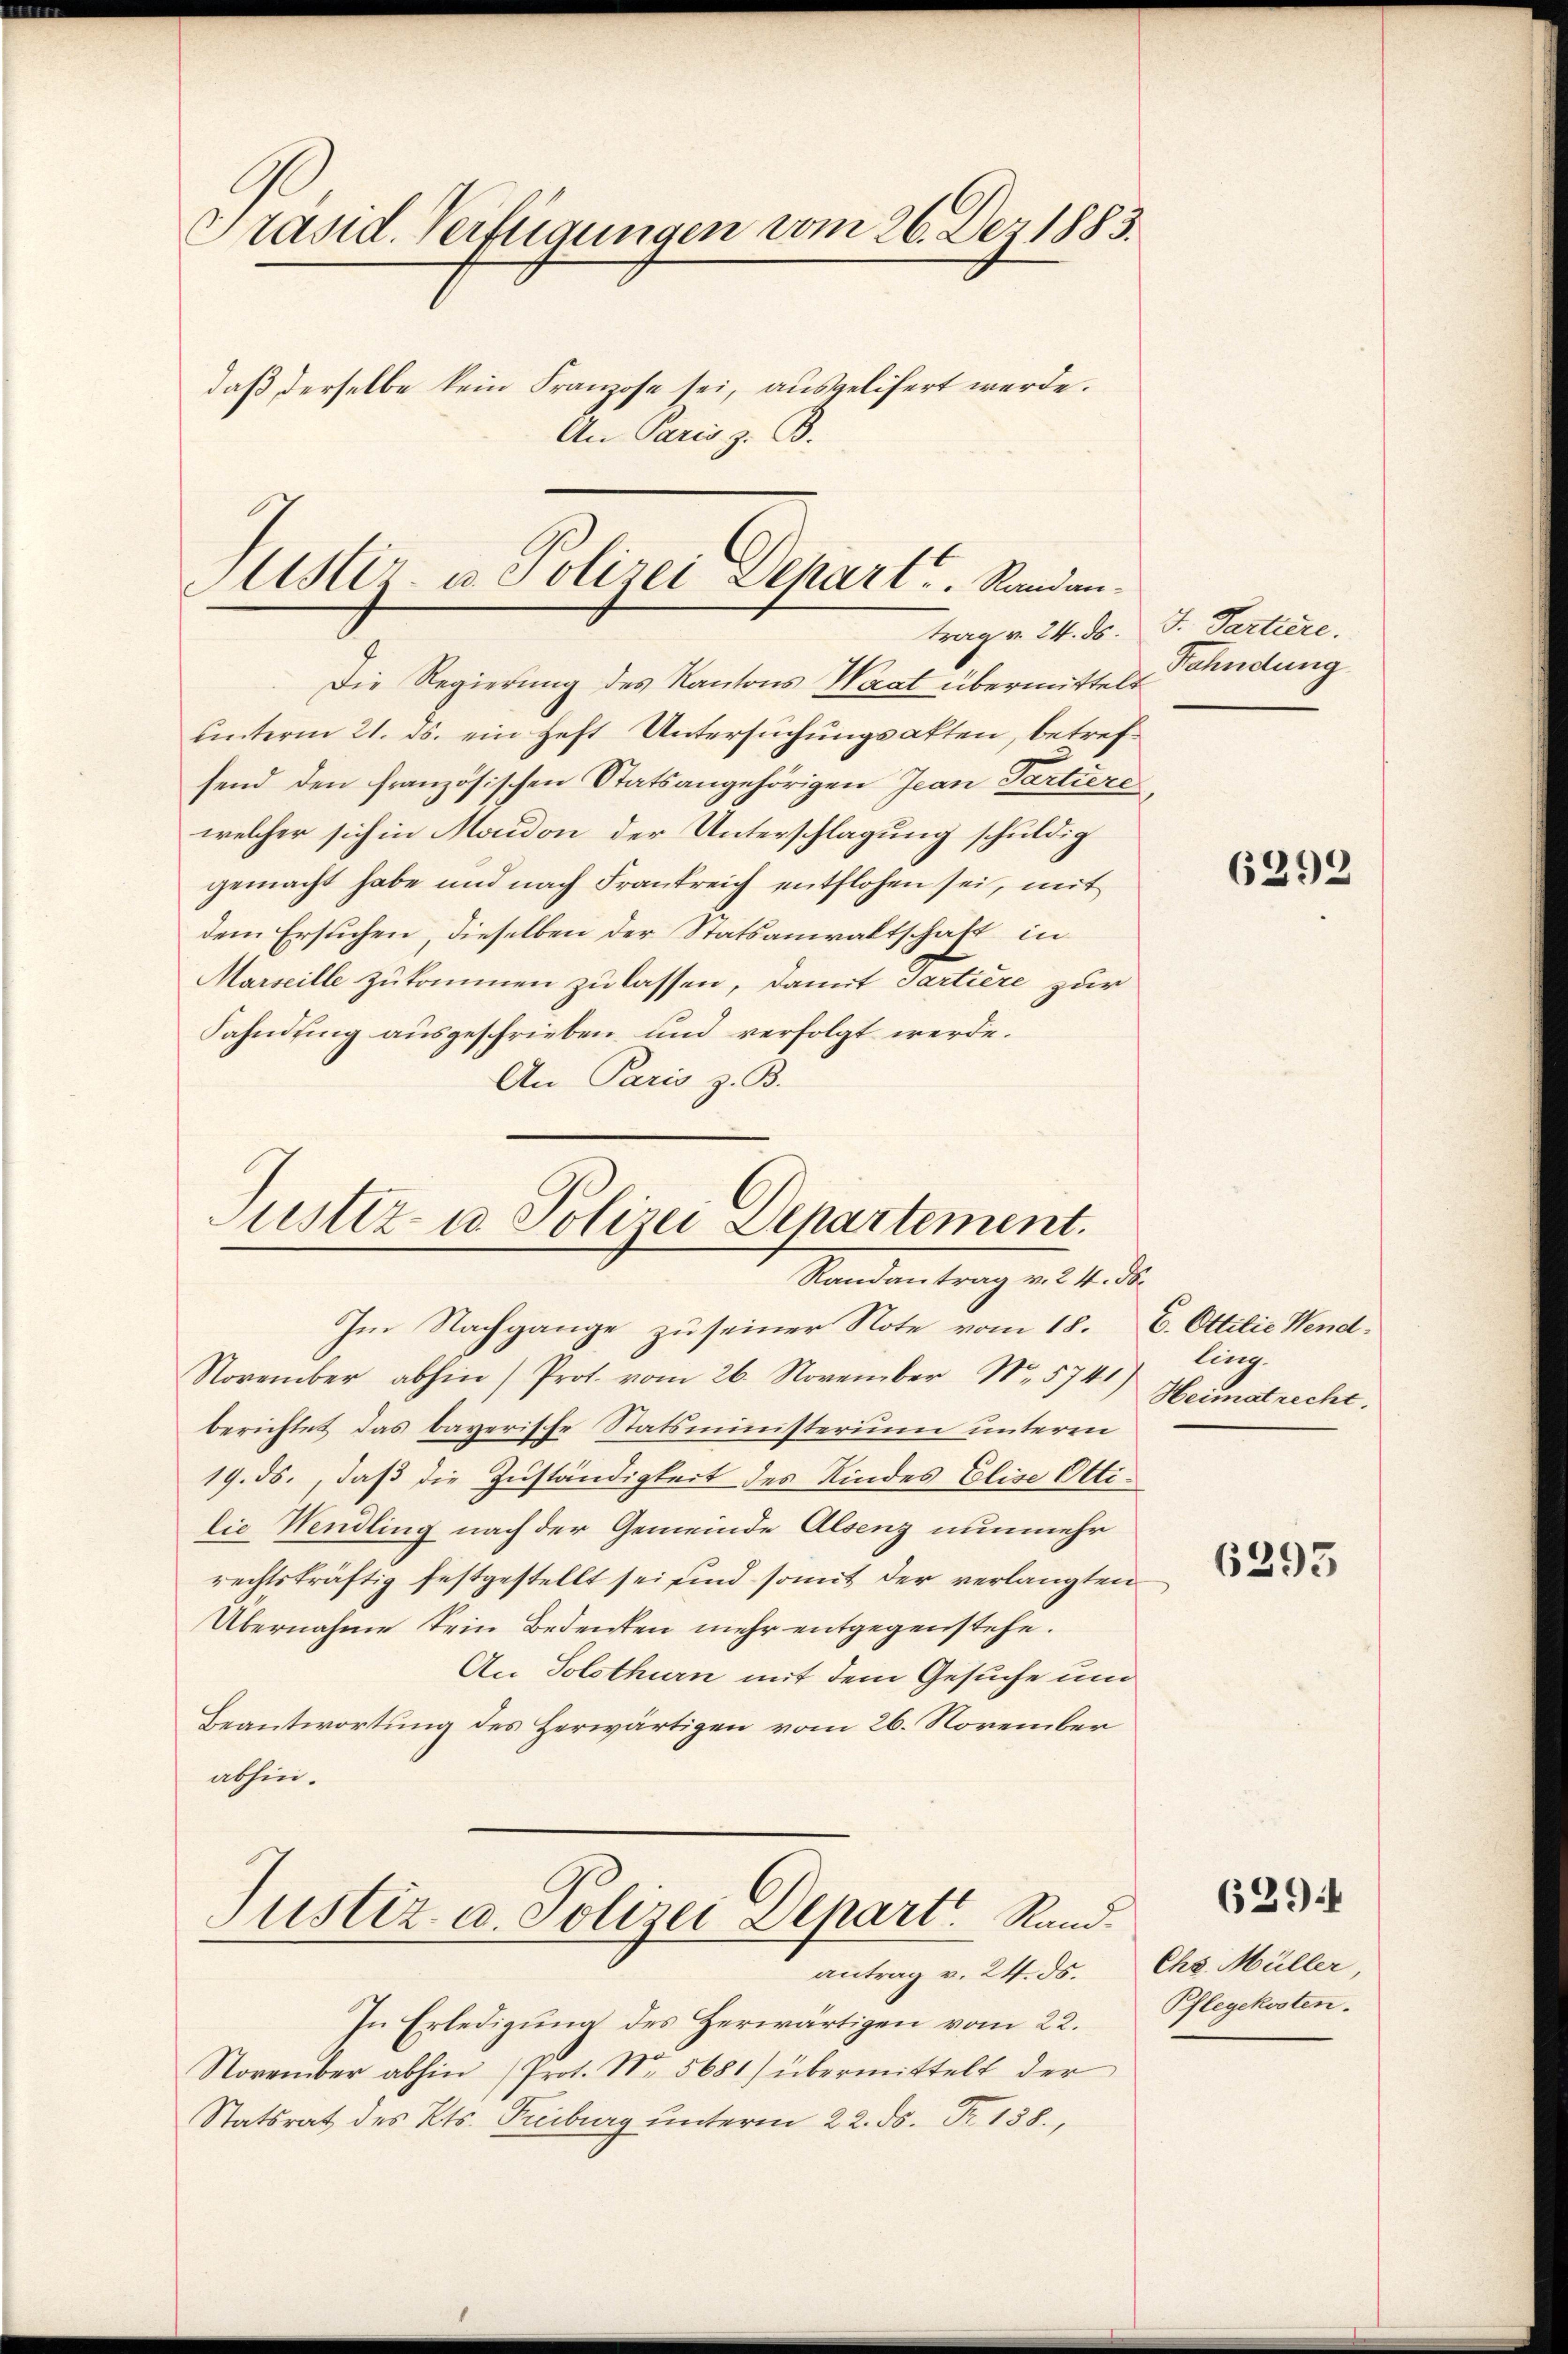
Präsid. Verfügungen vom 26. Dez. 1883.
daß derselbe kein Franzose sei, ausgelifert werde.
An Paris z. B.

Astz- u. Polizei Depart ..  Randantrag v. 24. ds.

Die Regierung des Kantons Waat übermittelt
unterm 21. ds. ein heft Untersuchungsakten, betrefsend den französischen Statsangehörigen Jean Partiere
welcher sich in Moudon der Unterschlagung schuldig
gemacht habe und nach Frankreich entflohen sei, mit
dem Ersuchen, dieselben der Statsanwaltschaft, in
Marseille zukommen zu lassen, damit Partiere zur
Fahndung ausgeschrieben und verfolgt werde.
An Paris z. B.

Justiz- u Polizei Departement.
Standentrag v. M. de

Im Nachgange zu seiner Note vom 18.
November abhin) Prot. vom 26. November No. 5745) ling-
berichtet das bayerische Statsministerium unteren
19. ds., daß die Zuständigkeit des Kindes Elise Ottilie Wendling nach der Gemeinde Alsenz nunmehr
rechtskräftig festgestellt sei sind somit der verlangten
Übernahme Sein Bedenken mehr entgegenstehe.
An Solothurn mit dem Gesuche und
Beantwortung des Herwärtigen vom 26. November
abhin.

Justiz- u. Polizei Depart Rand.
antrag v. 24. ds.

In Erledigung des Herwärtigen vom 22.
November abhin (Prot. Nr. 5681) übermittelt der
Statsrat des Kts. Freiburg ŭnterm 22. ds. Fr. 158,

J. Partiere.
Fahndung

6292

E. Ottilie Wend
Heimatrecht.

6395

629.

Chs. Müller
Pflegekosten.